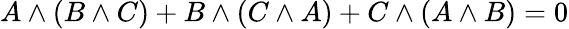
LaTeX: A\wedge(B\wedge C)+B\wedge(C\wedge A)+C\wedge(A\wedge B)=0